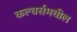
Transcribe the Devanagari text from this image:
कल्चर्समधील